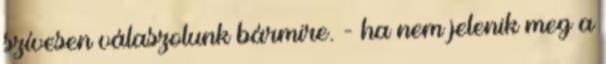
szívesen válaszolunk bármire. - ha nem jelenik meg a